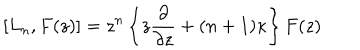
LaTeX: [ L _ { n } , F ( z ) ] = z ^ { n } \left\{ z \frac { \partial } { \partial z } + ( n + 1 ) \kappa \right\} F ( z )